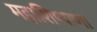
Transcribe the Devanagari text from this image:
महाशिष्याणा